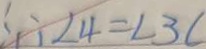
\therefore \angle 4 = \angle 3 (